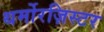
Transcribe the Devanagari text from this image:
थर्मोरज़िस्टर